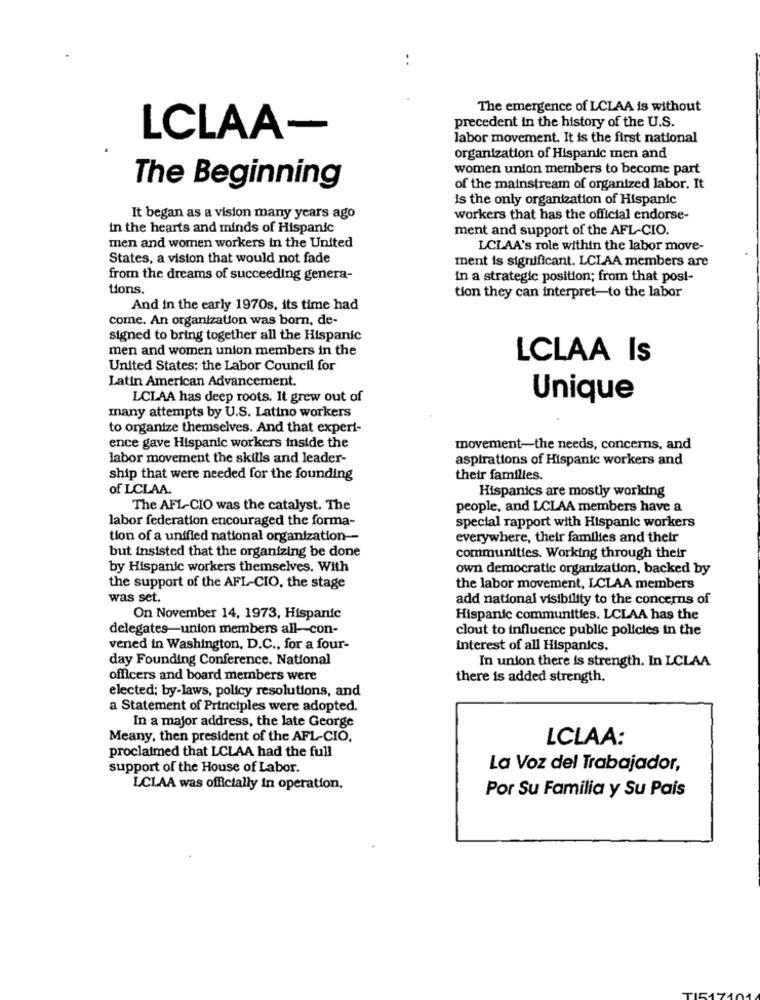
The emergence of LCLAA is without
precedent in the history of the U.S.
LCLAA-
labor movement. It is the first national
organization of Hispanic men and
women union members to become part
The Beginning
of the mainstream of organized labor. It
is the only organization of Hispanic
It began as a vision many years ago
workers that has the official endorse-
in the hearts and minds of Hispanic
ment and support of the AFL-CIO.
men and women workers in the United
LCLAA's role within the labor move-
States, a vision that would not fade
ment is significant. LCLAA members are
from the dreams of succeeding genera-
in a strategic position; from that post-
tions.
tion they can interpret-to the labor
And in the early 1970s, its time had
come. An organization was born, de-
signed to bring together all the Hispanic
men and women union members in the
LCLAA Is
United States: the Labor Council for
Latin American Advancement.
LCLAA has deep roots. It grew out of
Unique
many attempts by U.S. Latino workers
to organize themselves. And that experi-
ence gave Hispanic workers inside the
movement-the needs, concerns, and
labor movement the skills and leader-
aspirations of Hispanic workers and
ship that were needed for the founding
their families.
of LCLAA.
Hispanics are mostly working
The AFL-CIO was the catalyst. The
people, and LCLAA members have a
labor federation encouraged the forma-
special rapport with Hispanic workers
tion of a unified national organization-
everywhere, their families and their
but insisted that the organizing be done
communities. Working through their
by Hispanic workers themselves. With
own democratic organization, backed by
the support of the AFL-CIO, the stage
the labor movement, LCLAA members
was set.
add national visibility to the concerns of
On November 14, 1973, Hispanic
Hispanic communities. LCLAA has the
delegates-union members all-con-
clout to influence public policies in the
vened in Washington, D.C ., for a four-
interest of all Hispanics.
day Founding Conference. National
In union there is strength. In LCLAA
officers and board members were
there is added strength.
elected; by-laws, policy resolutions, and
a Statement of Principles were adopted.
In a major address, the late George
Meany, then president of the AFL-CIO.
LCLAA:
proclaimed that LCLAA had the full
support of the House of Labor.
La Voz del Trabajador,
LCLAA was officially in operation.
Por Su Familia y Su Pais